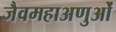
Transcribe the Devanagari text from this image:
जैवमहाअणुओं